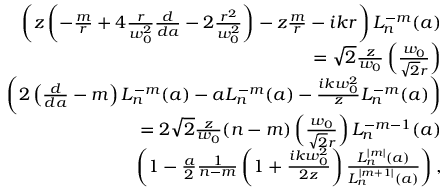
\begin{array} { r l r } & { } & { \left( z \left( - \frac { m } { r } + 4 \frac { r } { w _ { 0 } ^ { 2 } } \frac { d } { d a } - 2 \frac { r ^ { 2 } } { w _ { 0 } ^ { 2 } } \right) - z \frac { m } { r } - i k r \right) L _ { n } ^ { - m } ( a ) } \\ & { } & { = \sqrt { 2 } \frac { z } { w _ { 0 } } \left( \frac { w _ { 0 } } { \sqrt { 2 } r } \right) } \\ & { } & { \left( 2 \left( \frac { d } { d a } - m \right) L _ { n } ^ { - m } ( a ) - a L _ { n } ^ { - m } ( a ) - \frac { i k w _ { 0 } ^ { 2 } } { z } L _ { n } ^ { - m } ( a ) \right) } \\ & { } & { = 2 \sqrt { 2 } \frac { z } { w _ { 0 } } ( n - m ) \left( \frac { w _ { 0 } } { \sqrt { 2 } r } \right) L _ { n } ^ { - m - 1 } ( a ) } \\ & { } & { \left( 1 - \frac { a } { 2 } \frac { 1 } { n - m } \left( 1 + \frac { i k w _ { 0 } ^ { 2 } } { 2 z } \right) \frac { L _ { n } ^ { | m | } ( a ) } { L _ { n } ^ { | m + 1 | } ( a ) } \right) , } \end{array}